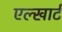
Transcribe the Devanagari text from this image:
एल्खार्ट